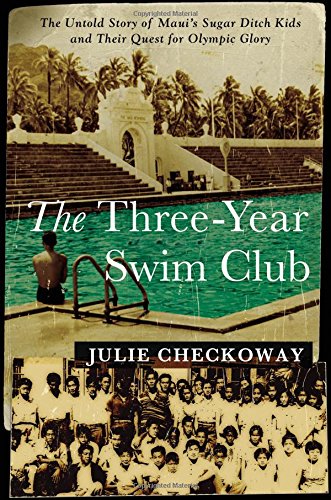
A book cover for The Three-Year Swim Club: The Untold Story of Maui's Sugar Ditch Kids and Their Quest for Olympic Glory; Julie Checkoway; History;